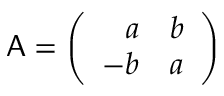
{ \sf A } = \left( \begin{array} { r r } { { a } } & { { b } } \\ { { - b } } & { { a } } \end{array} \right)